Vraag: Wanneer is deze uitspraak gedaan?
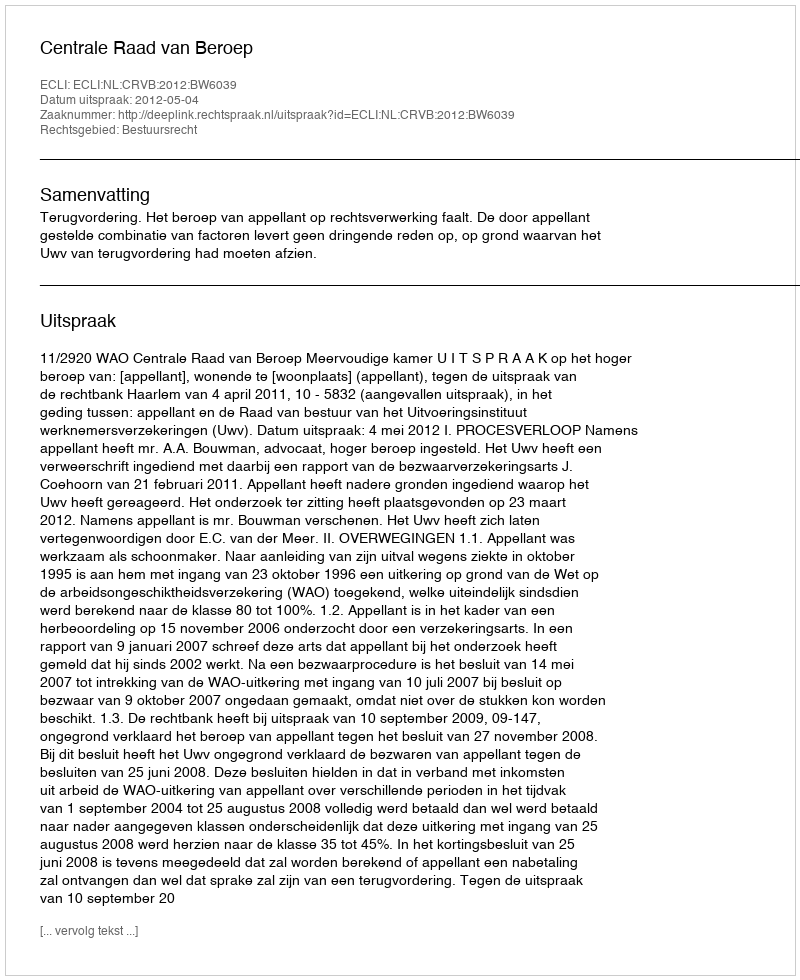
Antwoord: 2012-05-04